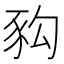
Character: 𧰴